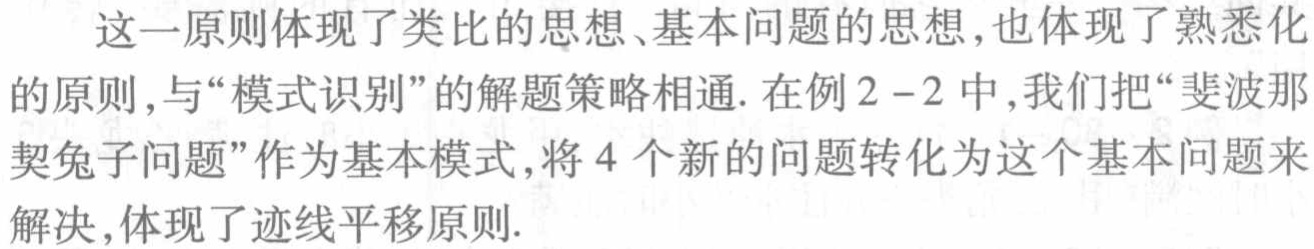
这一原则体现了类比的思想、基本问题的思想,也体现了熟悉化的原则,与“模式识别”的解题策略相通. 在例2 - 2中,我们把“斐波那契兔子问题”作为基本模式,将4个新的问题转化为这个基本问题来解决,体现了迹线平移原则.